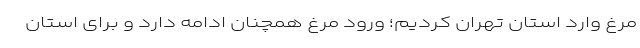
مرغ وارد استان تهران کردیم؛ ورود مرغ همچنان ادامه دارد و برای استان